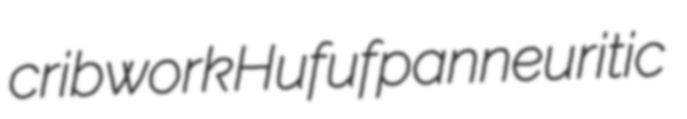
cribwork Hufuf panneuritic